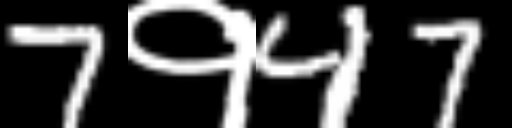
Text: 7१47